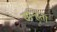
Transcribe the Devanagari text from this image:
सन्हिता